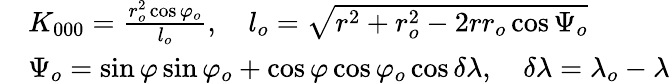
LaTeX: \begin{array}{rl}&{{K_{000}}=\frac{{r_{o}^{2}\cos{\varphi_{o}}}}{{{l_{o}}}},\quad{l_{o}}=\sqrt{{r^{2}}+r_{o}^{2}-2r{r_{o}}\cos{\Psi_{o}}}}\\ &{{\Psi_{o}}=\sin\varphi\sin{\varphi_{o}}+\cos\varphi\cos{\varphi_{o}}\cos\delta\lambda,\quad\delta\lambda={\lambda_{o}}-\lambda}\end{array}